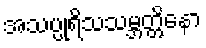
အသပ္ပုရိသသမ္ဘတ္တိနော